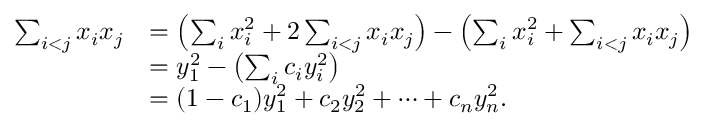
\begin{array} { r l } { \sum _ { i < j } x _ { i } x _ { j } } & { = \left( \sum _ { i } x _ { i } ^ { 2 } + 2 \sum _ { i < j } x _ { i } x _ { j } \right) - \left( \sum _ { i } x _ { i } ^ { 2 } + \sum _ { i < j } x _ { i } x _ { j } \right) } \\ & { = y _ { 1 } ^ { 2 } - \left( \sum _ { i } c _ { i } y _ { i } ^ { 2 } \right) } \\ & { = ( 1 - c _ { 1 } ) y _ { 1 } ^ { 2 } + c _ { 2 } y _ { 2 } ^ { 2 } + \cdots + c _ { n } y _ { n } ^ { 2 } . } \end{array}